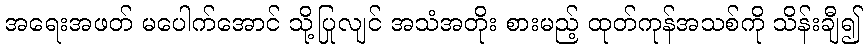
အရေးအဖတ် မပေါက်အောင် သို့ပြုလျင် အသံအတိုး စားမည့် ထုတ်ကုန်အသစ်ကို သိန်းချီ၍